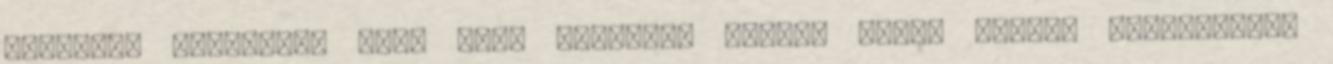
Volcanic Repeating Fire Arms Company, Rocket Ball, Oliver Winchester,